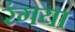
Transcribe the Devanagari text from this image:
रंगया